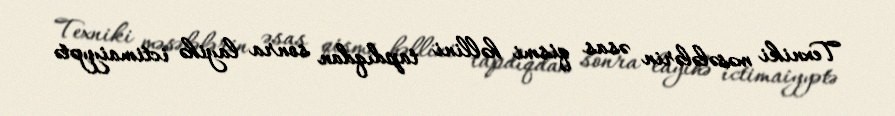
Texniki məsələlərin əsas qismi həllini tapdıqdan sonra layihə ictimaiyyətə